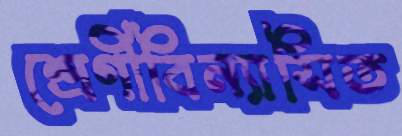
শ্রেণীবিন্যাসিত